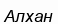
Алхан